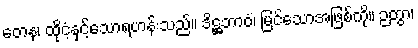
တေန၊ ထိုငံ့နှင့်သောရဟန်းသည်။ ဒိဋ္ဌဘာဝံ၊ မြင်သောအဖြစ်ကို။ ဉတွာ၊